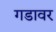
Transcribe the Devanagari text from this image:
गडावर